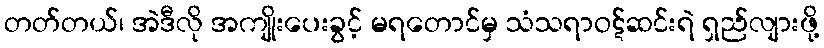
တတ်တယ်၊ အဲဒီလို အကျိုးပေးခွင့် မရတောင်မှ သံသရာဝဋ်ဆင်းရဲ ရှည်လျားဖို့